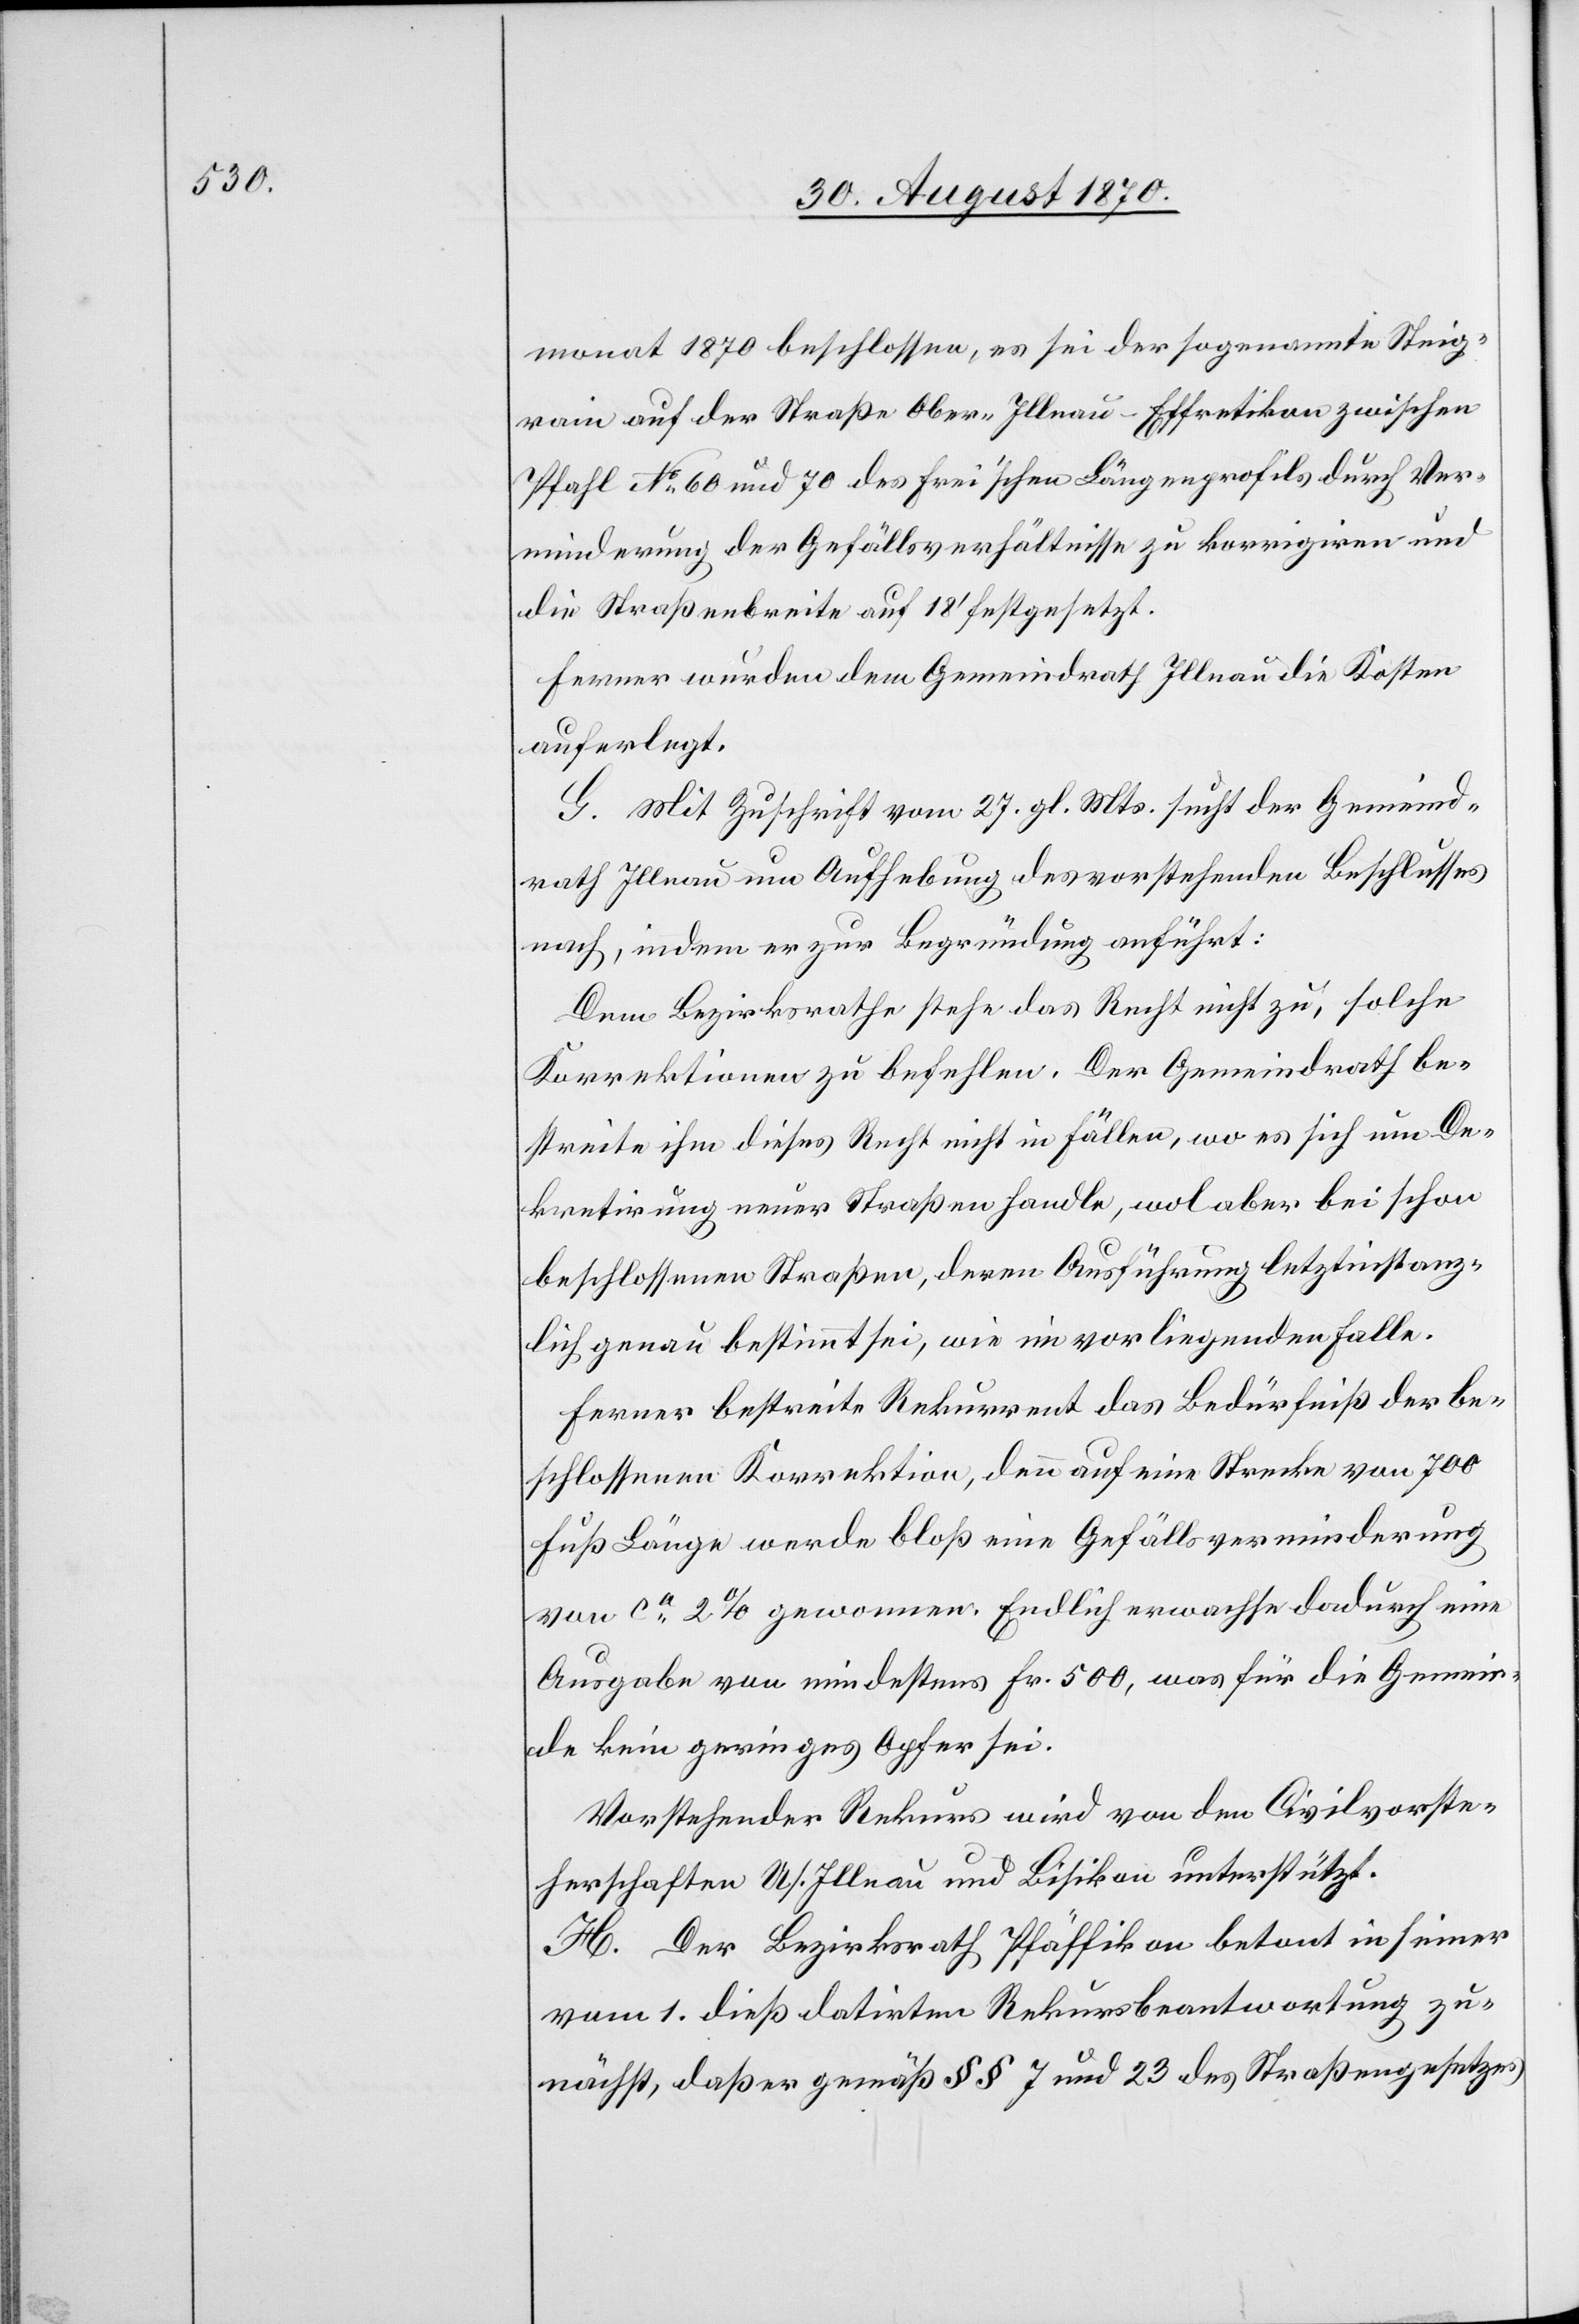
monat 1870 beschlossen, es sei der sogenannten Steig¬
rain auf der Straße Ober-Illnau–Effretikon zwischen
Pfahl No 60 und 70 des Frei’schen Längenprofils durch Ver¬
minderung der Gefällsverhältnisse zu korrigiren und
die Straßenbreite auf 18’ festgesetzt.
Ferner wurden dem Gemeindrath Illnau die Kosten
auferlegt.
G. Mit Zuschrift vom 27. gl. Mts. sucht der Gemeind¬
rath Illnau um Aufhebung des vorstehenden Beschlusses
nach, indem er zur Begründung anführt:
Dem Bezirksrathe stehe das Recht nicht zu, solche
Korrektionen zu befehlen. Der Gemeindrath be¬
streite ihm dieses Recht nicht in Fällen, wo es sich um De¬
kretirung neuer Straßen handle, wol aber bei schon
beschlossenen Straßen, deren Ausführung letztinstanz¬
lich genau bestimmt sei, wie im vorliegenden Falle.
Ferner bestreite Rekurrent das Bedürfniß der be¬
schlossenen Korrektion, denn auf eine Strecke von 700
Fuß Länge werde bloß eine Gefällsverminderung
von ca 2% gewonnen. endlich erwachse dadurch eine
Ausgabe von mindestens Fr. 500, was für die Gemein¬
de kein geringes Opfer sei.
Vorstehender Rekurs wird von den Civilvorste¬
herschaften U/.Illnau [sic!] und Bisikon unterstützt.
H. Der Bezirksrath Pfäffikon betont in seiner
vom 1. dieß datirten Rekursbeantwortung zu¬
nächst, daß er gemäß §§ 7 und 23 des Straßengesetzes